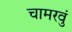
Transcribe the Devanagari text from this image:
चामरवुं